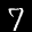
Label: 7